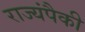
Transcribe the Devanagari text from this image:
राज्यंपैकी